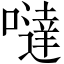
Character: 噠